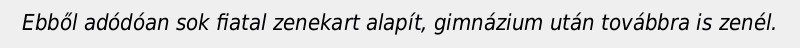
Ebből adódóan sok fiatal zenekart alapít, gimnázium után továbbra is zenél.